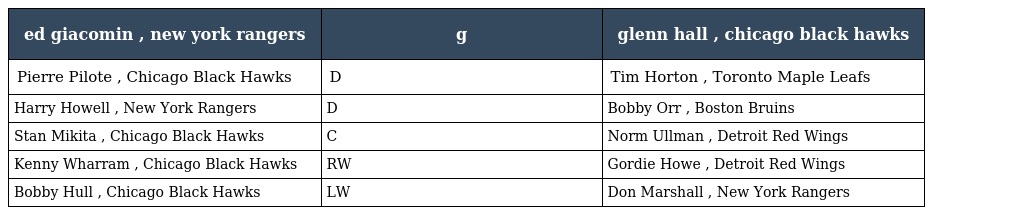
| ed giacomin , new york rangers | g | glenn hall , chicago black hawks |
 | --- | --- | --- |
 | Pierre Pilote , Chicago Black Hawks | D | Tim Horton , Toronto Maple Leafs |
 | Harry Howell , New York Rangers | D | Bobby Orr , Boston Bruins |
 | Stan Mikita , Chicago Black Hawks | C | Norm Ullman , Detroit Red Wings |
 | Kenny Wharram , Chicago Black Hawks | RW | Gordie Howe , Detroit Red Wings |
 | Bobby Hull , Chicago Black Hawks | LW | Don Marshall , New York Rangers |